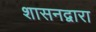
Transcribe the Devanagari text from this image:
शासनद्वारा